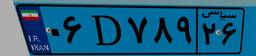
۴۲D۰۷۳۹۵